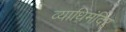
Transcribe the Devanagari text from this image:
व्याधिमंदिर